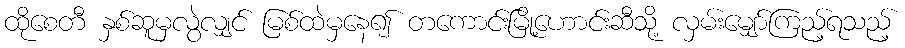
ထိုစေတီ နှစ်ဆူမှလွဲလျှင် မြစ်ထဲမှနေ၍ တကောင်းမြို့ဟောင်းဆီသို့ လှမ်းမျှော်ကြည့်ရသည့်